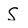
Character: S